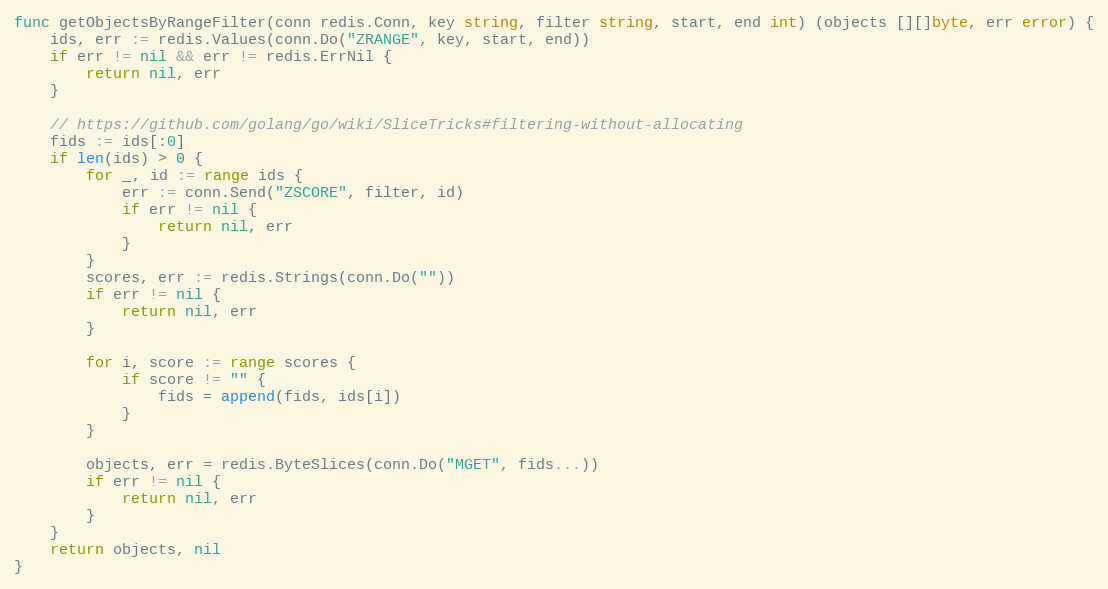
Language: Go
func getObjectsByRangeFilter(conn redis.Conn, key string, filter string, start, end int) (objects [][]byte, err error) {
	ids, err := redis.Values(conn.Do("ZRANGE", key, start, end))
	if err != nil && err != redis.ErrNil {
		return nil, err
	}

	// https://github.com/golang/go/wiki/SliceTricks#filtering-without-allocating
	fids := ids[:0]
	if len(ids) > 0 {
		for _, id := range ids {
			err := conn.Send("ZSCORE", filter, id)
			if err != nil {
				return nil, err
			}
		}
		scores, err := redis.Strings(conn.Do(""))
		if err != nil {
			return nil, err
		}

		for i, score := range scores {
			if score != "" {
				fids = append(fids, ids[i])
			}
		}

		objects, err = redis.ByteSlices(conn.Do("MGET", fids...))
		if err != nil {
			return nil, err
		}
	}
	return objects, nil
}